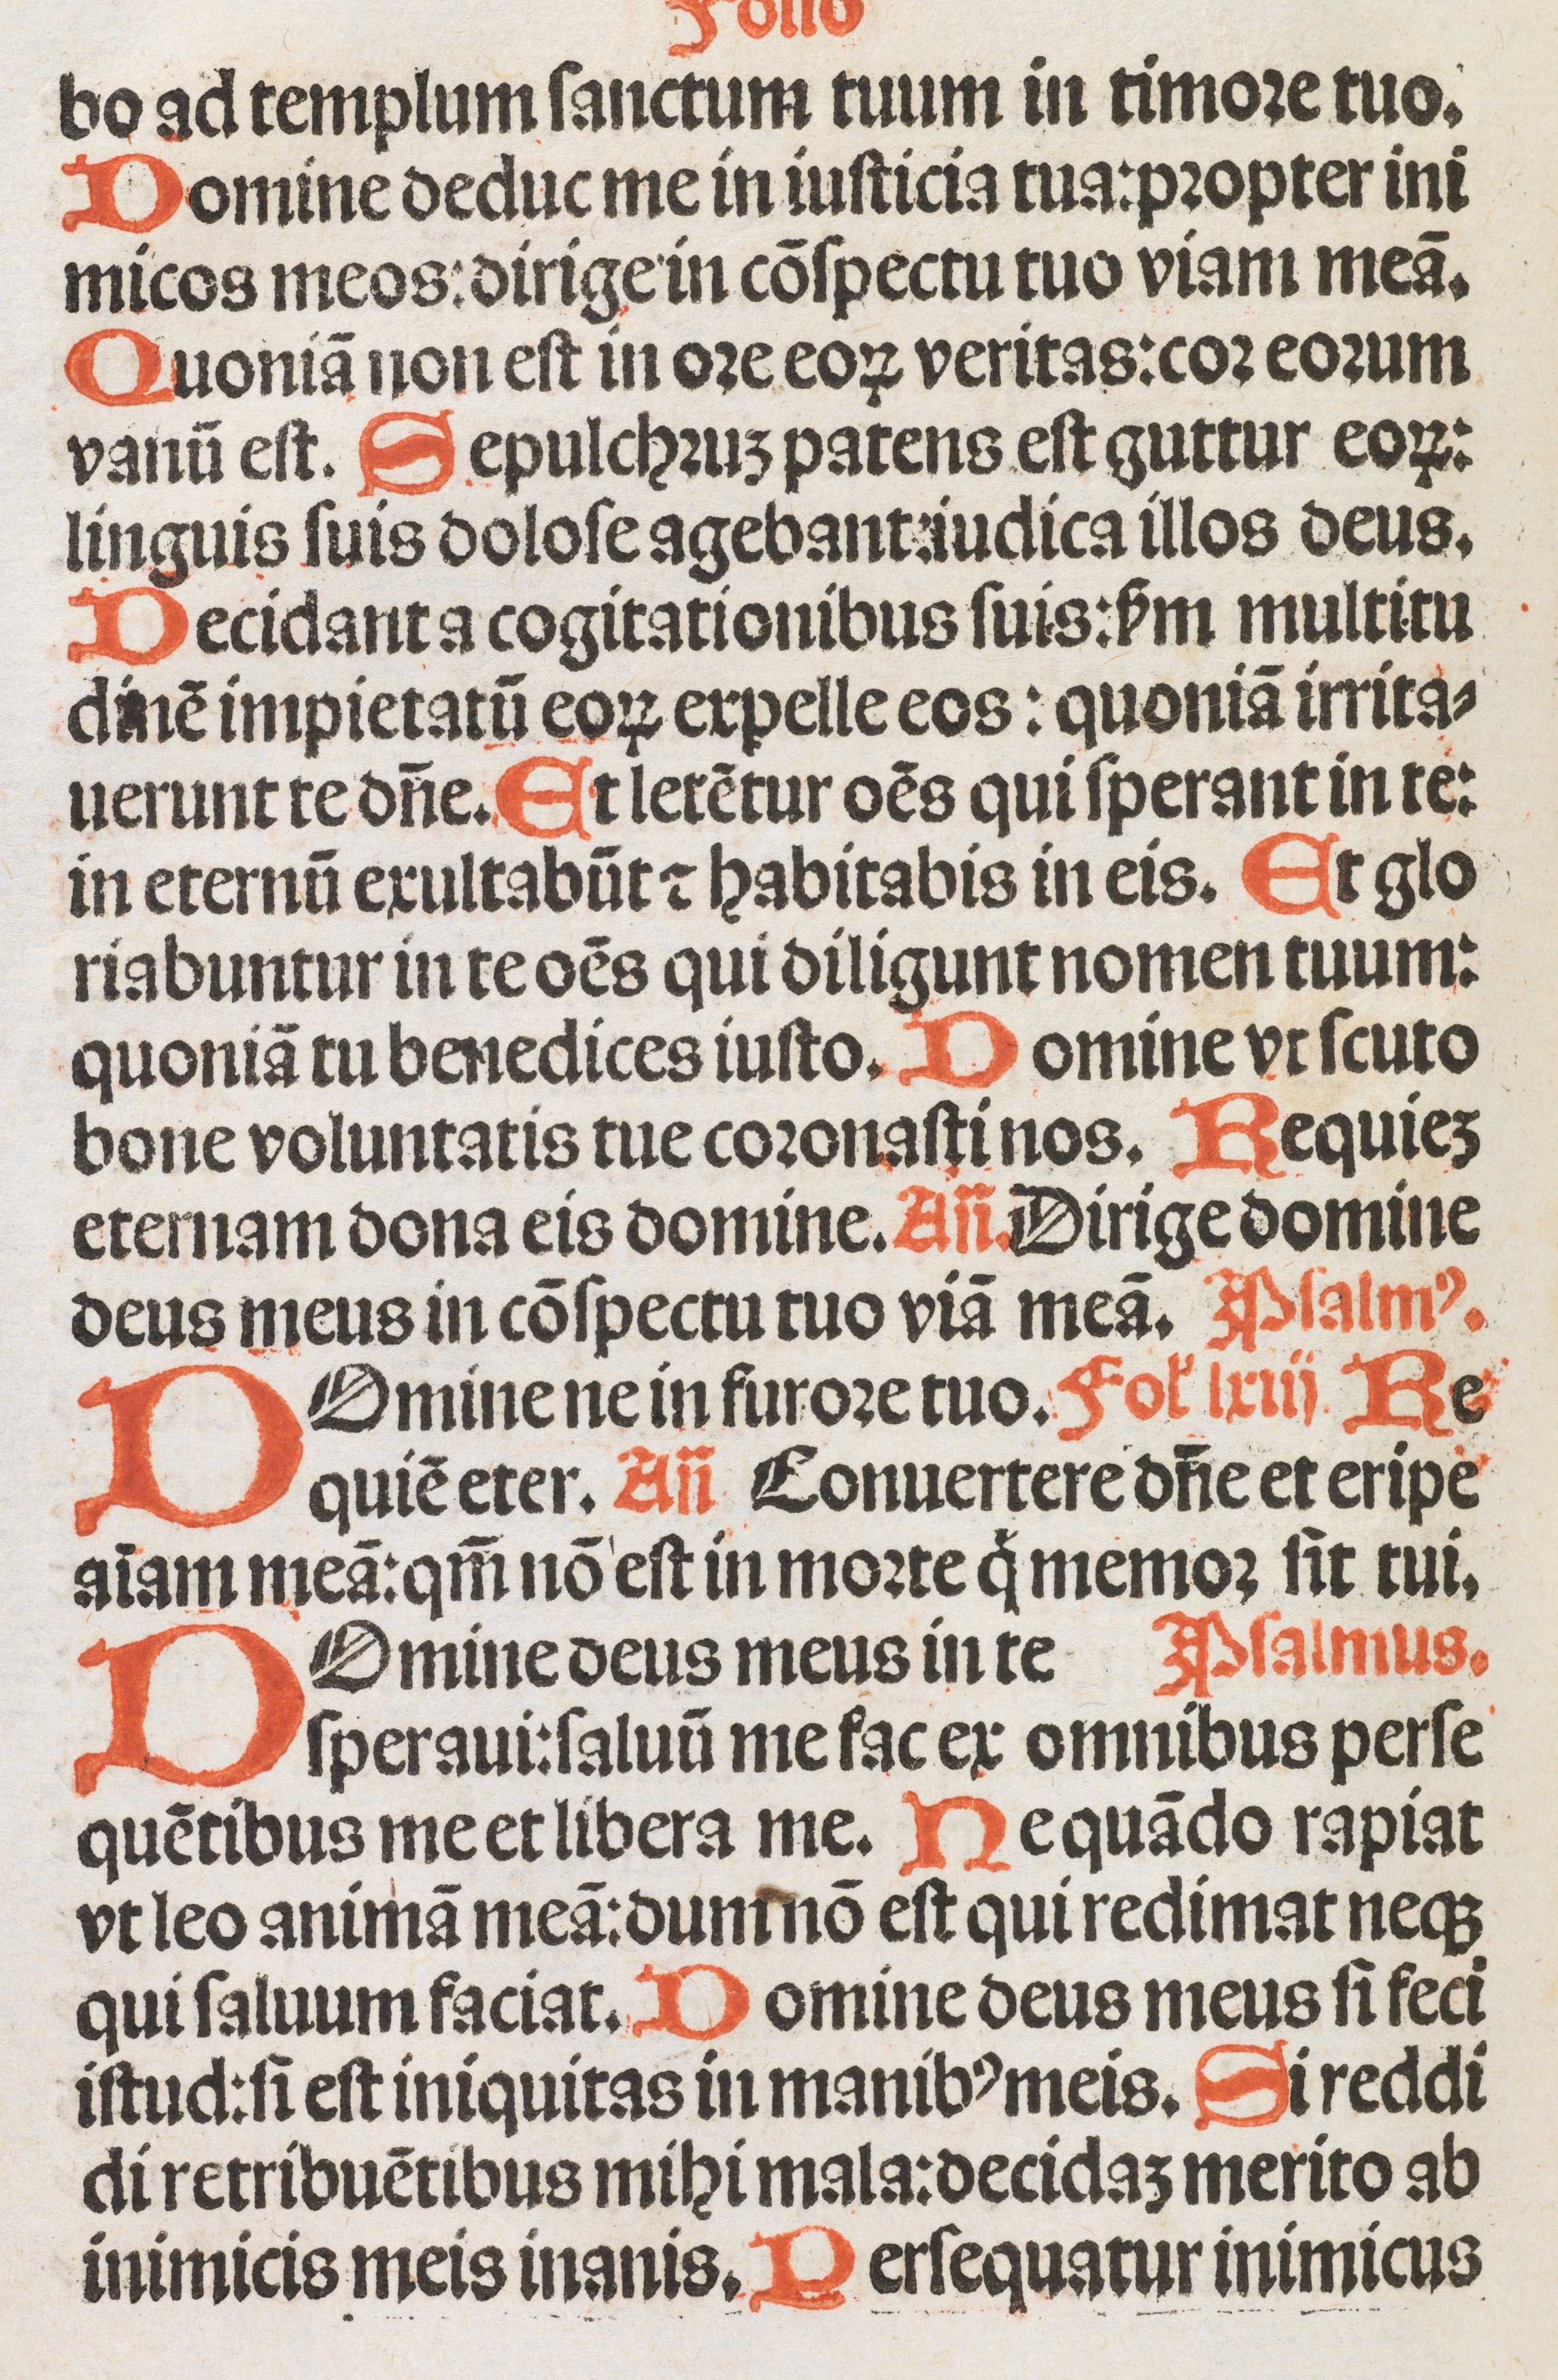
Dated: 1500–1524